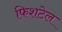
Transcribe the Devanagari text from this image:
फिशटेल